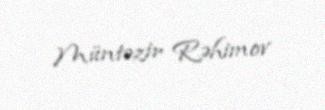
Müntəzir Rəhimov